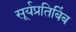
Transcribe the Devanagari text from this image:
सूर्यप्रतिबिंब